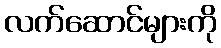
လက်ဆောင်များကို